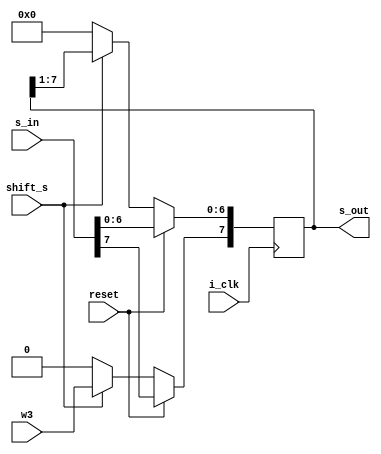
`timescale 1ns / 1ps
//////////////////////////////////////////////////////////////////////////////////
// Company: 
// Engineer: 
// 
// Design Name: 
// Module Name: shift_reg_sum
// Project Name: 
// Target Devices: 
// Tool Versions: 
// Description: 
// 
// Dependencies: 
// 
// Revision:
// Revision 0.01 - File Created
// Additional Comments:
// 
//////////////////////////////////////////////////////////////////////////////////



module Shift_reg_sum ( s_in , s_out , i_clk ,w3 ,  reset , shift_s );
parameter N3 = 8;
input i_clk ;
input reset ;
input [N3-1:0] s_in ;
input shift_s ;
input w3 ;
output reg [N3-1:0] s_out ;



always @ (posedge i_clk )
          begin
        if (reset)
                  begin
            s_out <= s_in ;
              end
             else if (shift_s)
               begin
                         s_out <= {s_in, s_out[7:1]} ;    /////////shift right///
                  s_out[7] <= w3  ;
       end
           else
     begin
       s_out <= 8'b0000_0000;
       end
   end
 
endmodule